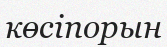
көсіпорын